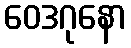
ဝေဒဂုနော